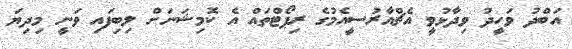
އަބްދު ވަހީދު ވިދާޅުވީ އެޗްއާރުސީއެމުގެ ރިޕޯޓްތައް އެ ކޮމިޝަނަށް ލިބިފައި ވަނީ މިދިޔަ